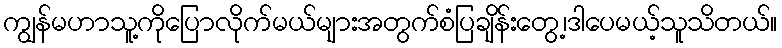
ကျွန်မဟာသူ့ကိုပြောလိုက်မယ်များအတွက်စံပြချိန်းတွေ့၊ဒါပေမယ့်သူသိတယ်။